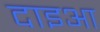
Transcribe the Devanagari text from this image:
दाइआ